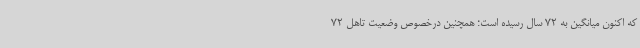
که اکنون میانگین به 72 سال رسیده است؛ همچنین درخصوص وضعیت تاهل 72